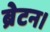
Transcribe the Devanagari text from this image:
ब्रेटन।